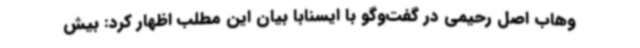
وهاب اصل رحیمی در گفت‌وگو با ایسنابا بیان این مطلب اظهار کرد: بیش